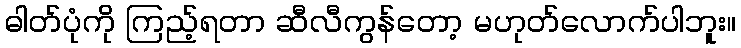
ဓါတ်ပုံကို ကြည့်ရတာ ဆီလီကွန်တော့ မဟုတ်လောက်ပါဘူး။